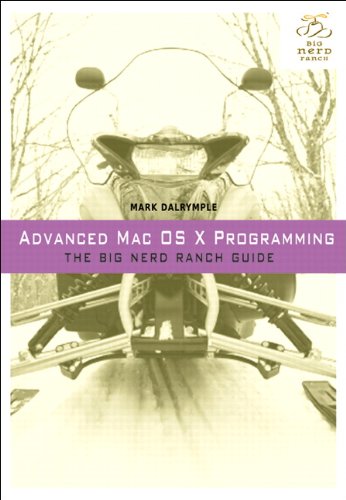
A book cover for Advanced Mac OS X Programming: The Big Nerd Ranch Guide (Big Nerd Ranch Guides); Mark Dalrymple; Computers & Technology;